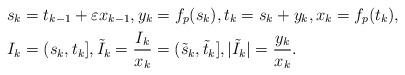
LaTeX: \begin{align*}s_k & = t_{k-1} + \varepsilon x_{k-1},y_k = f_p(s_k),t_k = s_k + y_k,x_k = f_p(t_k),\\I_k &=(s_k,t_k],\tilde I_k = \frac{I_k}{x_k} = (\tilde s_k, \tilde t_k],|\tilde I_k| = \frac{y_k}{x_k}.\end{align*}